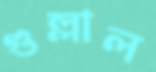
গুল্লাল